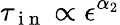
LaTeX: \tau_{\mathrm{~i~n~}}\propto\epsilon^{\alpha_{2}}